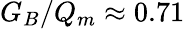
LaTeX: G_{B}/Q_{m}\approx 0.71